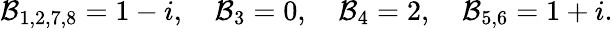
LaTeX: \mathcal{B}_{1,2,7,8}=1-i,\quad\mathcal{B}_{3}=0,\quad\mathcal{B}_{4}=2,\quad\mathcal{B}_{5,6}=1+i.